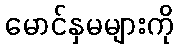
မောင်နှမများကို